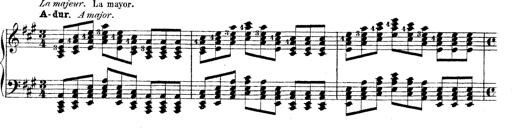
Title: Technische Studien
Composer: Franz Liszt